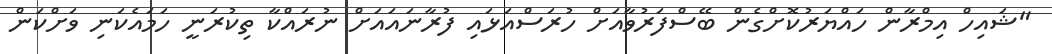
"ޝައިހް އިމްރާން ހައްޔަރުކޮށްގެން ބޭސްފަރުވާއަށް ހުރަސްއަޅައި ފުރާނައައަށް ނުރައްކާ ތިކުރަނީ ހަމައެކަނި ވަށްކަން